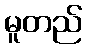
မူတည်